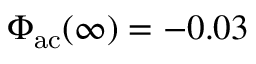
\Phi _ { \mathrm { a c } } ( \infty ) = - 0 . 0 3